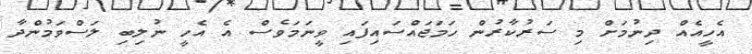
އެހީއެއް ދިނުމަށް މި ސަރުކާރުން ހަމަޖައްސައިފައި ވީނަމަވެސް އެ އެހީ ނުލިބި ލަސްވަމުންދާ